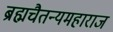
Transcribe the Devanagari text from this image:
ब्रह्मचैतन्यमहाराज